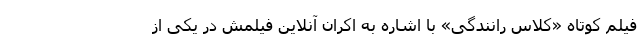
فیلم کوتاه «کلاس رانندگی» با اشاره به اکران آنلاین فیلمش در یکی از